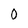
Character: 0